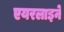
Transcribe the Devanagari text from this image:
एयरलाइने